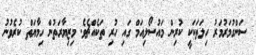
ސަންގުމަރުމަރު ހިލަތަކަކީ ކުރިން މައުސޯލިއަމް ގައި ހުރި ތަކެއްޗެވެ. މިޒިޔާރަތުން ހިމާޔަތް ކުރެވުނު